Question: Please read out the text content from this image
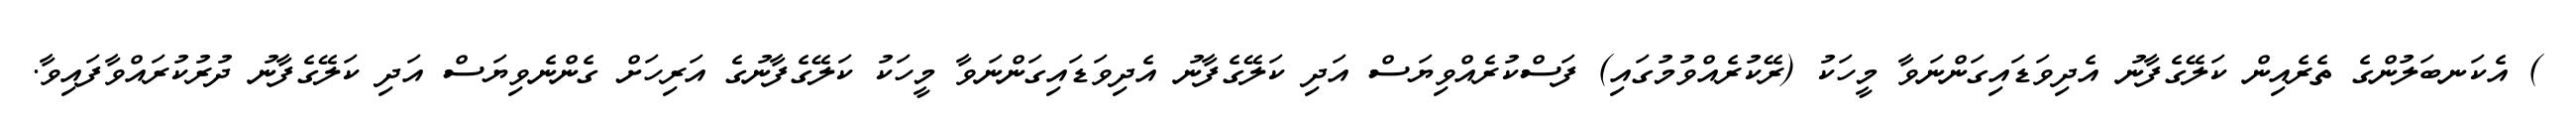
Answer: ) އެކަނބަލުންގެ ތެރެއިން ކަލޭގެފާނު އެދިވަޑައިގަންނަވާ މީހަކު (ރޭކުރެއްވުމުގައި) ފަސްކުރެއްވިޔަސް އަދި ކަލޭގެފާނު އެދިވަޑައިގަންނަވާ މީހަކު ކަލޭގެފާނުގެ އަރިހަށް ގެންނެވިޔަސް އަދި ކަލޭގެފާނު ދުރުކުރައްވާފައިވާ.